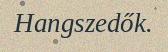
Hangszedők.